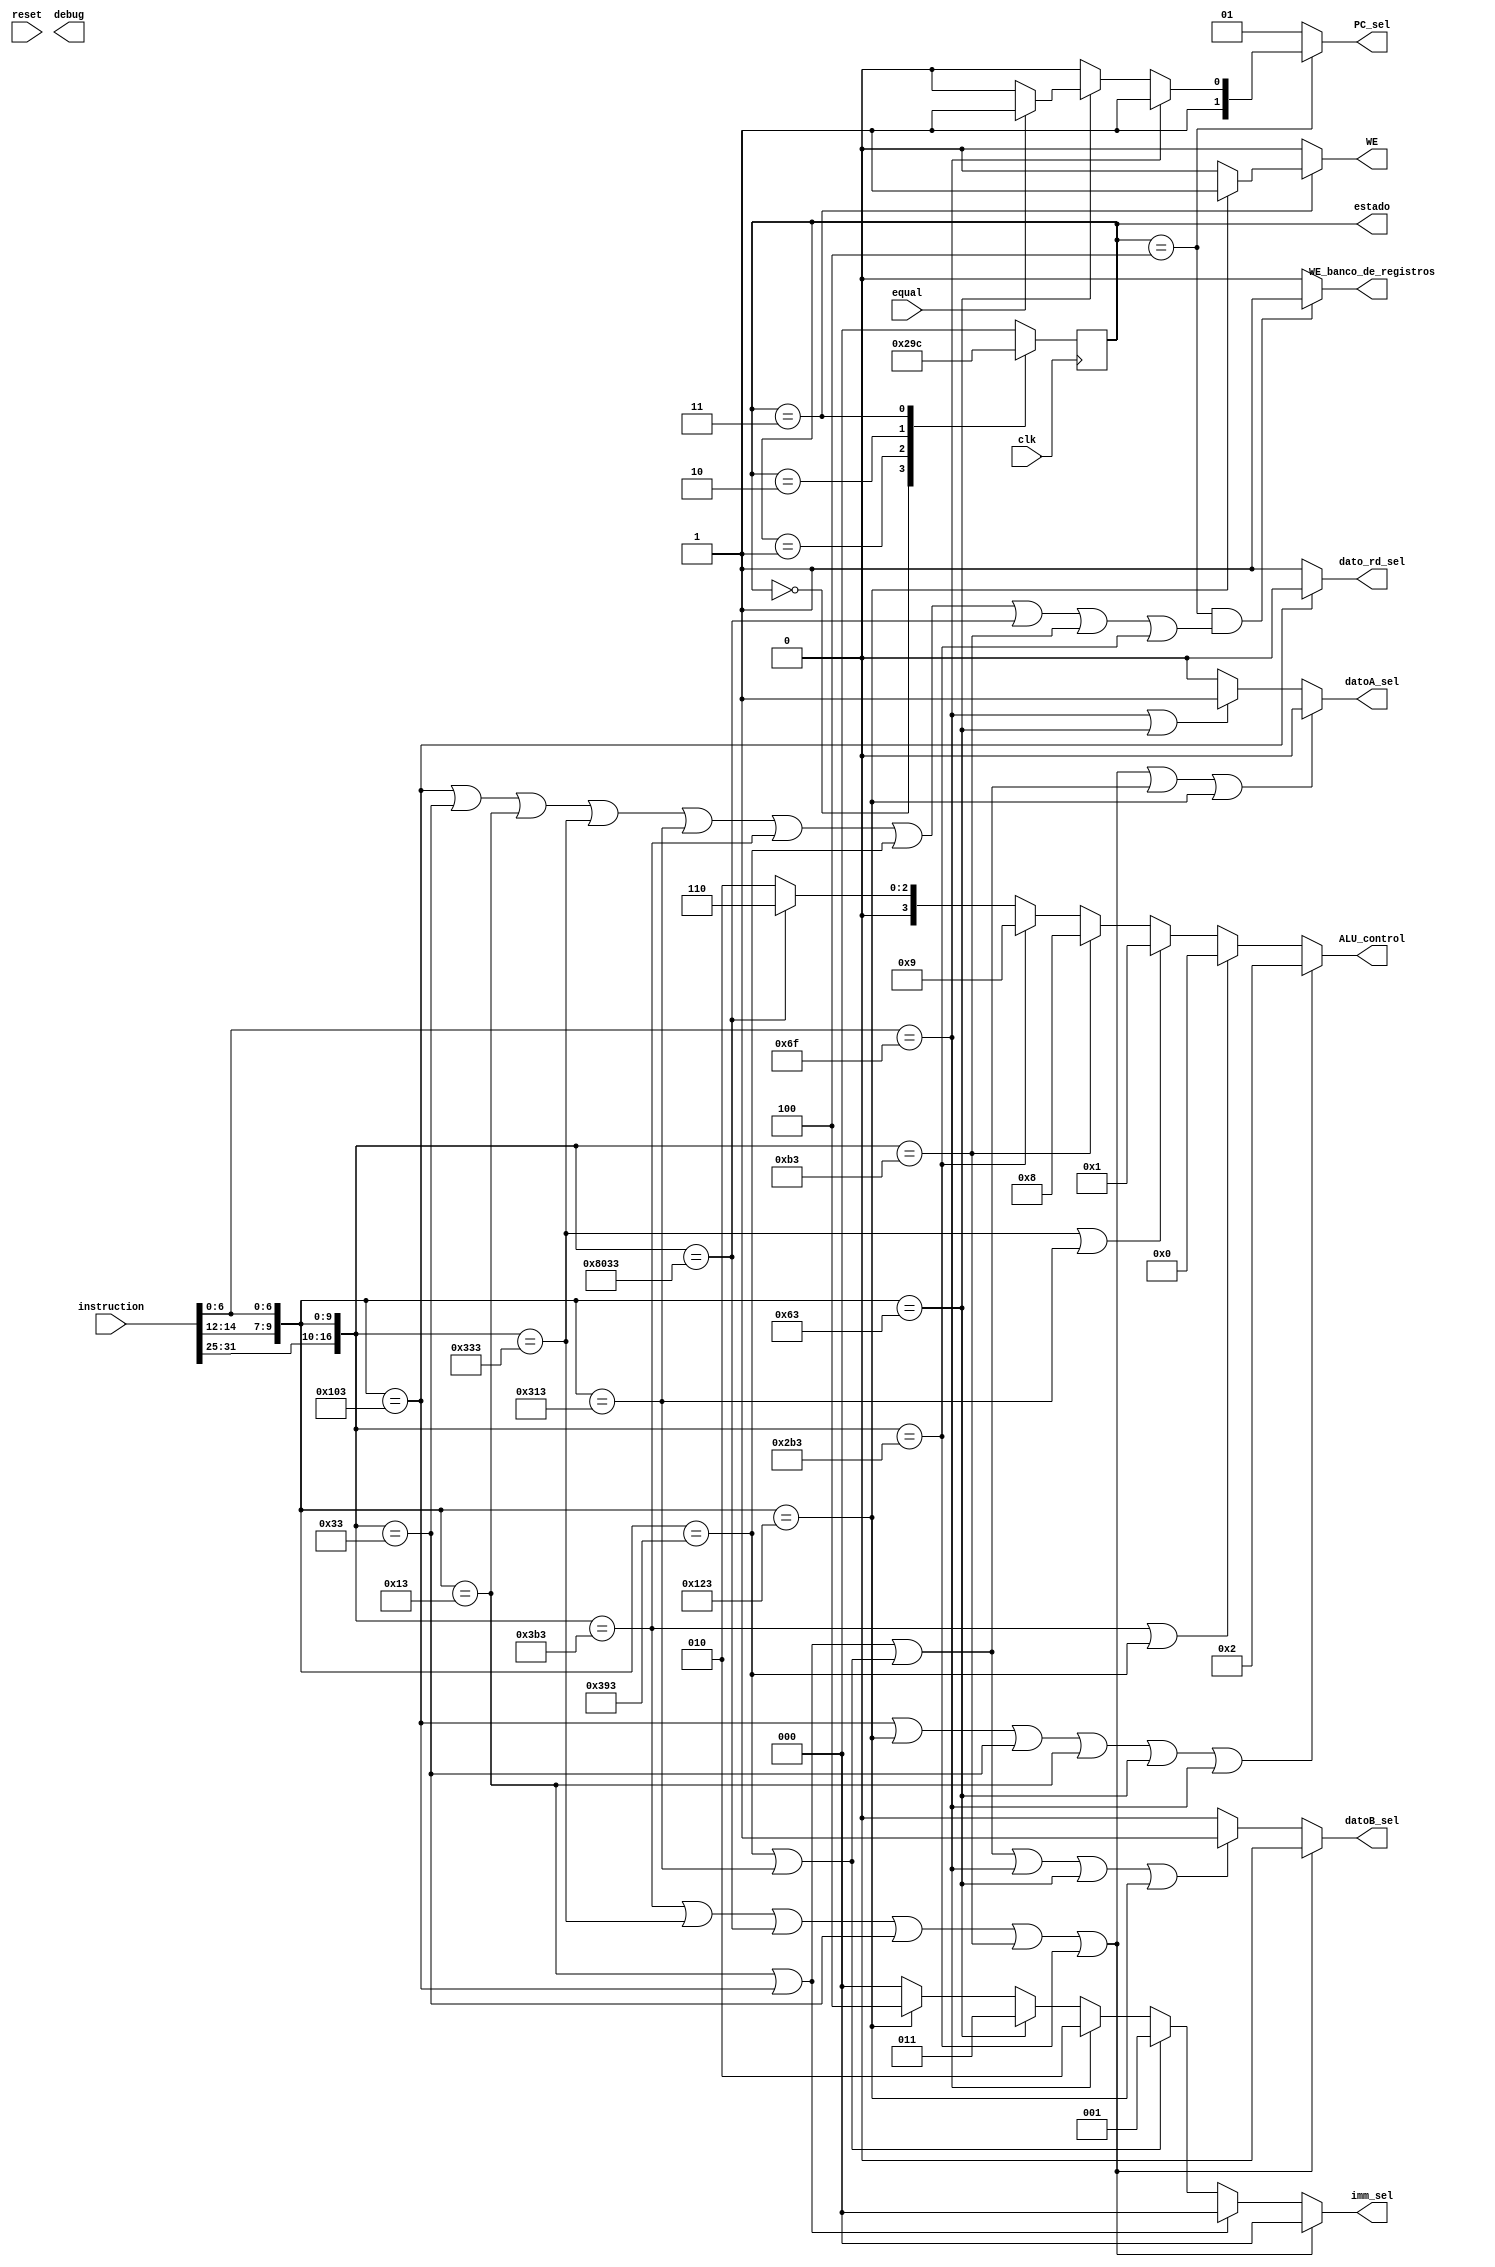
`timescale 1ns / 1ps

module UnidadDeControl (
    input clk,
    input [31:0] instruction,
    input equal,
    input reset,
    output [2:0] imm_sel,
    output datoA_sel,
    output datoB_sel,
    output [3:0] ALU_control,
    output dato_rd_sel,
    output WE,
    output [1:0] PC_sel,
    output WE_banco_de_registros,
    output reg [2:0] estado,
    output [31:0] debug
);

    /* Variables generales */
    wire [6:0] opcode;
    wire [2:0] funct3;
    wire [6:0] funct7;
    wire [16:0] instr_code;

    assign opcode = instruction[6:0];
    assign funct3 = instruction[14:12];
    assign funct7 = instruction[31:25];
    assign instr_code = {funct7, funct3, opcode};

    localparam LW_code = {3'b010, 7'b000_0011};
    localparam SW_code = {3'b010, 7'b010_0011};
    localparam ADD_code = {7'b000_0000, 3'b000, 7'b011_0011};
    localparam SUB_code = {7'b010_0000, 3'b000, 7'b011_0011};
    localparam OR_code = {7'b000_0000, 3'b110, 7'b011_0011};
    localparam AND_code = {7'b000_0000, 3'b111, 7'b011_0011};
    localparam ADDI_code = {3'b000, 7'b001_0011};
    localparam SLL_code = {7'b000_0000, 3'b001, 7'b011_0011};
    localparam SRL_code = {7'b000_0000, 3'b101, 7'b011_0011};
    localparam ORI_code = {3'b110, 7'b001_0011}; 
    localparam ANDI_code = {3'b111, 7'b001_0011};
    localparam BEQ_code = {3'b000, 7'b110_0011};
    localparam JAL_code = 7'b110_1111;
    // localparam JALR_code = {7'bXXX_XXX, 3'b000, 7'b110_0111};

    wire instr_es_LW;
    wire instr_es_SW;
    wire instr_es_ADD;
    wire instr_es_SUB;
    wire instr_es_OR;
    wire instr_es_AND;
    wire instr_es_ADDI;
    wire instr_es_SLL;
    wire instr_es_SRL;
    wire instr_es_ORI;
    wire instr_es_ANDI;
    wire instr_es_BEQ;
    wire instr_es_JAL;
    // wire instr_es_JALR;

    assign instr_es_LW = ({funct3, opcode} == LW_code);
    assign instr_es_SW = ({funct3, opcode} == SW_code);
    assign instr_es_ADD = (instr_code == ADD_code);
    assign instr_es_SUB = (instr_code == SUB_code);
    assign instr_es_OR = (instr_code == OR_code);
    assign instr_es_AND = (instr_code == AND_code);
    assign instr_es_ADDI = ({funct3, opcode} == ADDI_code);
    assign instr_es_SLL = (instr_code == SLL_code);
    assign instr_es_SRL = (instr_code == SRL_code);
    assign instr_es_ORI = ({funct3, opcode} == ORI_code);
    assign instr_es_ANDI = ({funct3, opcode} == ANDI_code);
    assign instr_es_BEQ = ({funct3, opcode} == BEQ_code);
    assign instr_es_JAL = (opcode == JAL_code);
    // assign instr_es_JALR = (instr_code == JALR_code);

    /* Mquina de estados */
    localparam st_Fetch = 0;
    localparam st_Decode = 1;
    localparam st_Execute = 2;
    localparam st_Memory = 3;
    localparam st_Writeback = 4;
    
    initial estado = st_Fetch;
    
    always @ (posedge clk) begin
        case (estado)

            st_Fetch:
                estado <= st_Decode;

            st_Decode:
                estado <= st_Execute;

            st_Execute:
                estado <= st_Memory;

            st_Memory:
                estado <= st_Writeback;

            st_Writeback:
                estado <= st_Fetch;

            default:
                estado <= st_Fetch;

        endcase
    end

    /* Decode : Cambia imm_sel, datoA_sel, datoB_sel */
    localparam imm_sel_para_tipo_R = 3'b000;
    localparam imm_sel_para_tipo_I_A = 3'b000;
    localparam imm_sel_para_tipo_I_L = 3'b001;
    localparam imm_sel_para_tipo_J = 3'b010;
    localparam imm_sel_para_tipo_B = 3'b011;
    localparam imm_sel_para_tipo_S = 3'b100;

    localparam datoA_es_rs1 = 1'b0;
    localparam datoA_es_pc = 1'b1;
    localparam datoB_es_rs2 = 1'b0;
    localparam datoB_es_imm = 1'b1;
    
    wire instr_es_tipo_R;
    wire instr_es_tipo_I;
    wire instr_es_tipo_I_A;
    wire instr_es_tipo_I_L;
    wire instr_es_tipo_J;
    wire instr_es_tipo_B;
    wire instr_es_tipo_S;

    assign instr_es_tipo_R = (
        instr_es_AND ||
        instr_es_OR ||
        instr_es_SUB ||
        instr_es_ADD ||
        instr_es_SLL ||
        instr_es_SRL
    );

    assign instr_es_tipo_I_A = (
        instr_es_ADDI ||
        // instr_es_JALR ||
        instr_es_LW
    );
    
    assign instr_es_tipo_I_L = (
        instr_es_ANDI ||
        instr_es_ORI
    );

    assign instr_es_tipo_I = (
        instr_es_tipo_I_A ||
        instr_es_tipo_I_L
    );

    assign instr_es_tipo_J = (
        instr_es_JAL
    );

    assign instr_es_tipo_B = (
        instr_es_BEQ
    );

    assign instr_es_tipo_S = (
        instr_es_SW
    );

    assign imm_sel = (
        instr_es_tipo_R ? imm_sel_para_tipo_R :
        instr_es_tipo_I_A ? imm_sel_para_tipo_I_A :
        instr_es_tipo_I_L ? imm_sel_para_tipo_I_L :
        instr_es_tipo_J ? imm_sel_para_tipo_J :
        instr_es_tipo_B ? imm_sel_para_tipo_B :
        instr_es_tipo_S ? imm_sel_para_tipo_S :
        /*Caso defecto */ imm_sel_para_tipo_R
    );

    assign datoA_sel = (
        instr_es_tipo_R ||
        instr_es_tipo_I ||
        instr_es_tipo_S ? datoA_es_rs1 :
        instr_es_tipo_J ||
        instr_es_tipo_B ? datoA_es_pc : datoA_es_rs1
    );

    assign datoB_sel = (
        instr_es_tipo_R ? datoB_es_rs2 :
        instr_es_tipo_I ||
        instr_es_tipo_J ||
        instr_es_tipo_B ||
        instr_es_tipo_S ? datoB_es_imm : datoB_es_rs2
    );

    /* Execute : Cambia ALU_control */
    localparam alu_and = 4'h0;
    localparam alu_or = 4'h1;
    localparam alu_suma = 4'h2;
    localparam alu_resta = 4'h6;
    localparam alu_sll = 4'h8;
    localparam alu_srl = 4'h9;

    wire instr_usa_and;
    wire instr_usa_or;
    wire instr_usa_suma;

    assign instr_usa_and = (
        instr_es_AND ||
        instr_es_ANDI
    );

    assign instr_usa_or = (
        instr_es_OR ||
        instr_es_ORI
    );

    assign instr_usa_suma = (
        instr_es_LW ||
        instr_es_SW ||
        instr_es_ADD ||
        instr_es_ADDI ||
        instr_es_BEQ ||
        // instr_es_JALR ||
        instr_es_JAL
    );
    
    assign ALU_control = (
        instr_usa_suma ? alu_suma :
        instr_usa_and ? alu_and :
        instr_usa_or ? alu_or :
        instr_es_SLL ? alu_sll :
        instr_es_SRL ? alu_srl :
        instr_es_SUB ? alu_resta :
        /*Caso defecto*/ alu_suma
    );

    /* Memory : Cambia dato_rd_sel, WE */
    localparam dato_rd_sel_para_DataIn = 1'b0;
    localparam dato_rd_sel_para_ALUResult = 1'b1;

    assign dato_rd_sel = (
        instr_es_LW ? dato_rd_sel_para_DataIn : dato_rd_sel_para_ALUResult
    );

    assign WE = (estado == st_Memory) ? (instr_es_SW ? 1'b1 : 1'b0) : 1'b0;

    /* Writeback : Cambia PC, WE_banco_de_registros */
    localparam pc_reset = 2'b00;
    localparam pc_hold = 2'b01;
    localparam pc_4 = 2'b10;
    localparam pc_jump = 2'b11;
    
    wire [1:0] pc_para_BEQ;
    wire [1:0] pc_para_writeback;

    assign pc_para_BEQ = (equal == 1'b1) ? pc_jump : pc_4;

    assign pc_para_writeback =
        instr_es_JAL /*|| instr_es_JALR*/ ? pc_jump :
        instr_es_BEQ ? pc_para_BEQ :
        pc_4 // caso general
    ;

    assign PC_sel = (estado == st_Writeback) ? pc_para_writeback : pc_hold;

    assign WE_banco_de_registros = (
        (estado == st_Writeback) && (
        instr_es_LW ||
        instr_es_ADD ||
        instr_es_ADDI ||
        instr_es_OR ||
        instr_es_ORI ||
        instr_es_AND ||
        instr_es_ANDI ||
        instr_es_SUB ||
        instr_es_SLL ||
        instr_es_SRL) ? 1'b1 : 1'b0
    );

endmodule